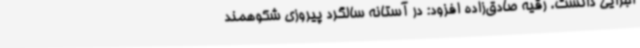
اجرایی دانست. رقیه صادق‌زاده افزود: در آستانه سالگرد پیروزی شکوهمند